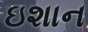
ઇશાન